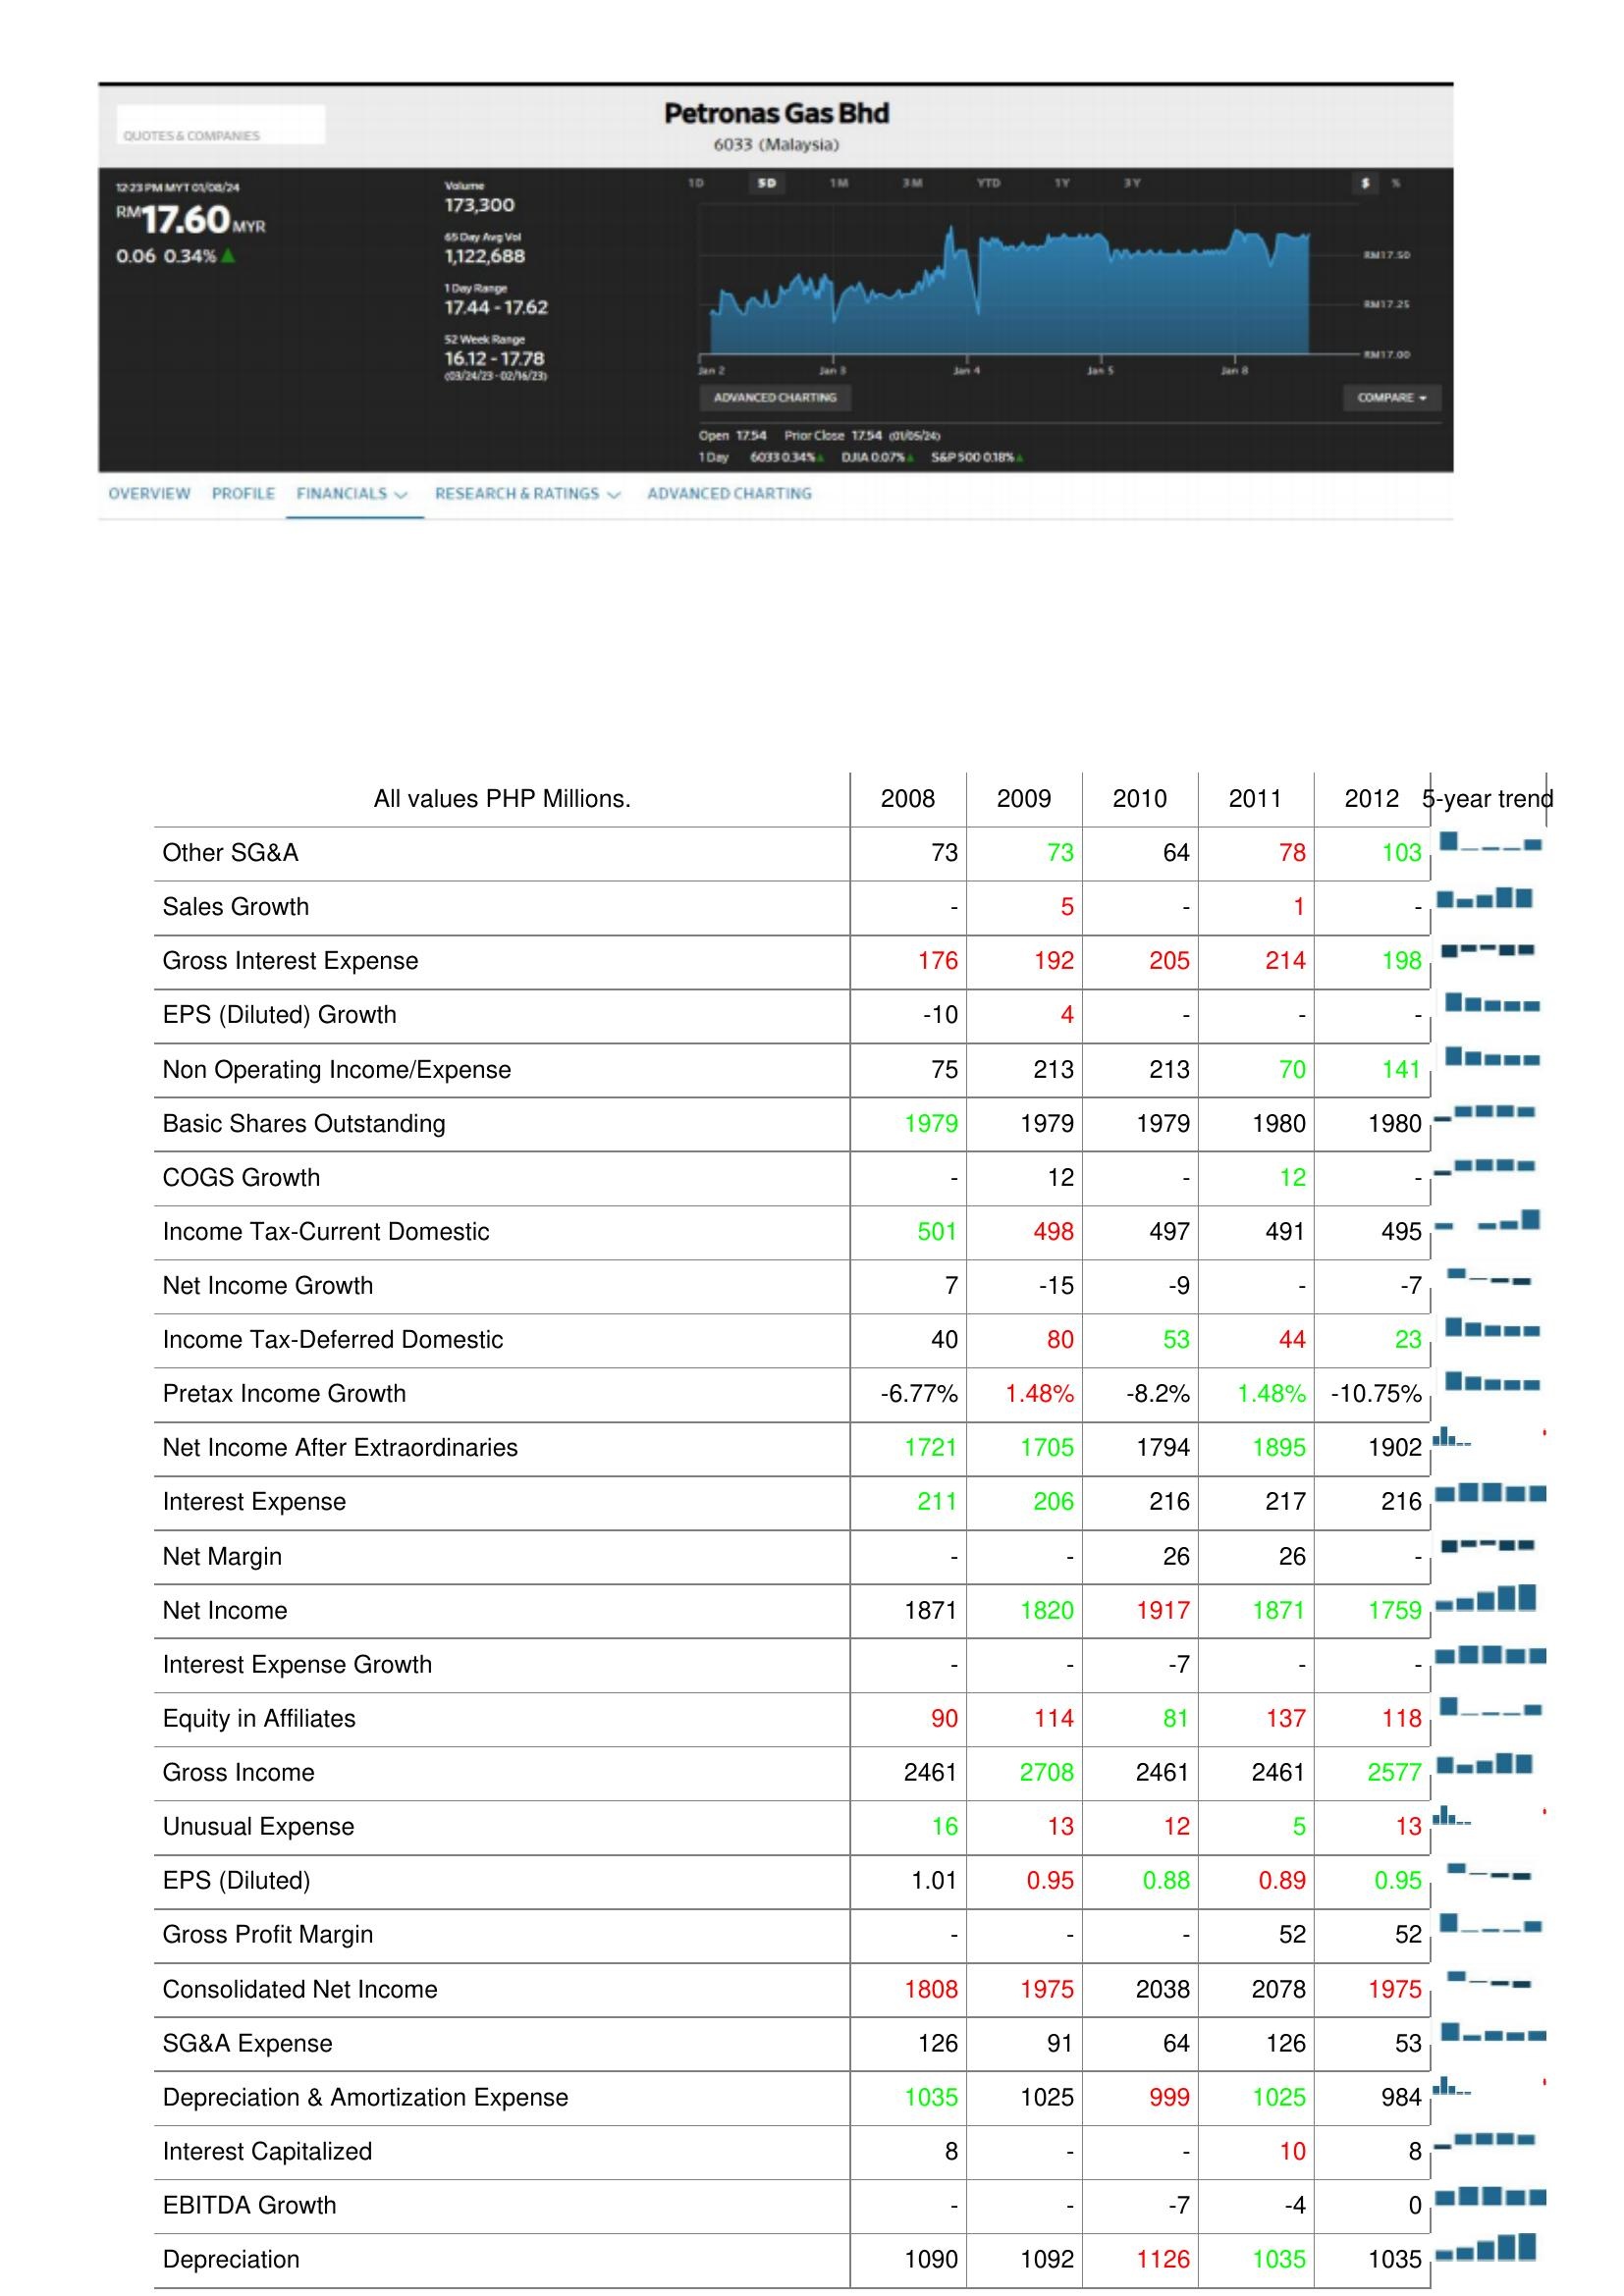
2008: : Other SG&A: 73
Sales Growth: -
Gross Interest Expense: 176
EPS (Diluted) Growth: -10
Non Operating Income/Expense: 75
Basic Shares Outstanding: 1979
COGS Growth: -
Income Tax-Current Domestic: 501
Net Income Growth: 7
Income Tax-Deferred Domestic: 40
Pretax Income Growth: -6.77%
Net Income After Extraordinaries: 1721
Interest Expense: 211
Net Margin: -
Net Income: 1871
Interest Expense Growth: -
Equity in Affiliates: 90
Gross Income: 2461
Unusual Expense: 16
EPS (Diluted): 1.01
Gross Profit Margin: -
Consolidated Net Income: 1808
SG&A Expense: 126
Depreciation & Amortization Expense: 1035
Interest Capitalized: 8
EBITDA Growth: -
Depreciation: 1090
2009: : Other SG&A: 73
Sales Growth: 5
Gross Interest Expense: 192
EPS (Diluted) Growth: 4
Non Operating Income/Expense: 213
Basic Shares Outstanding: 1979
COGS Growth: 12
Income Tax-Current Domestic: 498
Net Income Growth: -15
Income Tax-Deferred Domestic: 80
Pretax Income Growth: 1.48%
Net Income After Extraordinaries: 1705
Interest Expense: 206
Net Margin: -
Net Income: 1820
Interest Expense Growth: -
Equity in Affiliates: 114
Gross Income: 2708
Unusual Expense: 13
EPS (Diluted): 0.95
Gross Profit Margin: -
Consolidated Net Income: 1975
SG&A Expense: 91
Depreciation & Amortization Expense: 1025
Interest Capitalized: -
EBITDA Growth: -
Depreciation: 1092
2010: : Other SG&A: 64
Sales Growth: -
Gross Interest Expense: 205
EPS (Diluted) Growth: -
Non Operating Income/Expense: 213
Basic Shares Outstanding: 1979
COGS Growth: -
Income Tax-Current Domestic: 497
Net Income Growth: -9
Income Tax-Deferred Domestic: 53
Pretax Income Growth: -8.2%
Net Income After Extraordinaries: 1794
Interest Expense: 216
Net Margin: 26
Net Income: 1917
Interest Expense Growth: -7
Equity in Affiliates: 81
Gross Income: 2461
Unusual Expense: 12
EPS (Diluted): 0.88
Gross Profit Margin: -
Consolidated Net Income: 2038
SG&A Expense: 64
Depreciation & Amortization Expense: 999
Interest Capitalized: -
EBITDA Growth: -7
Depreciation: 1126
2011: : Other SG&A: 78
Sales Growth: 1
Gross Interest Expense: 214
EPS (Diluted) Growth: -
Non Operating Income/Expense: 70
Basic Shares Outstanding: 1980
COGS Growth: 12
Income Tax-Current Domestic: 491
Net Income Growth: -
Income Tax-Deferred Domestic: 44
Pretax Income Growth: 1.48%
Net Income After Extraordinaries: 1895
Interest Expense: 217
Net Margin: 26
Net Income: 1871
Interest Expense Growth: -
Equity in Affiliates: 137
Gross Income: 2461
Unusual Expense: 5
EPS (Diluted): 0.89
Gross Profit Margin: 52
Consolidated Net Income: 2078
SG&A Expense: 126
Depreciation & Amortization Expense: 1025
Interest Capitalized: 10
EBITDA Growth: -4
Depreciation: 1035
2012: : Other SG&A: 103
Sales Growth: -
Gross Interest Expense: 198
EPS (Diluted) Growth: -
Non Operating Income/Expense: 141
Basic Shares Outstanding: 1980
COGS Growth: -
Income Tax-Current Domestic: 495
Net Income Growth: -7
Income Tax-Deferred Domestic: 23
Pretax Income Growth: -10.75%
Net Income After Extraordinaries: 1902
Interest Expense: 216
Net Margin: -
Net Income: 1759
Interest Expense Growth: -
Equity in Affiliates: 118
Gross Income: 2577
Unusual Expense: 13
EPS (Diluted): 0.95
Gross Profit Margin: 52
Consolidated Net Income: 1975
SG&A Expense: 53
Depreciation & Amortization Expense: 984
Interest Capitalized: 8
EBITDA Growth: 0
Depreciation: 1035